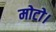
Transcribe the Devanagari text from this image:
मोटो।